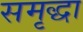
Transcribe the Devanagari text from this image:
समृद्धा